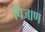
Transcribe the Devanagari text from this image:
पिजाण